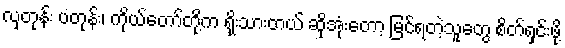
လှတုန်း ပတုန်း၊ ကိုယ်တော်တို့က ရိုးသားတယ် ဆိုအုံးတော့ မြင်ရတဲ့သူတွေ စိတ်ရှင်းဖို့